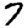
Digit: 7